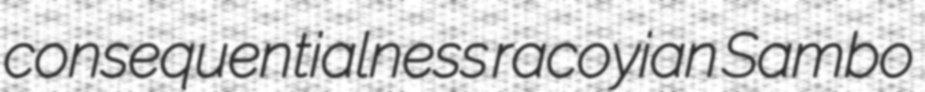
consequentialness racoyian Sambo